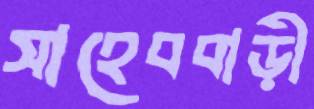
সাহেববাড়ী